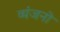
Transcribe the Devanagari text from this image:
व्‍यंजनो